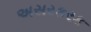
અસરકરક